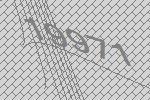
19971